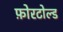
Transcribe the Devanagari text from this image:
फ़ोरटोल्ड